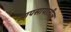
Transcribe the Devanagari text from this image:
आपसापातील